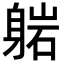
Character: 𬧥